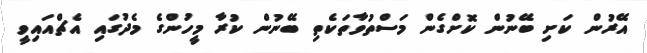
އޭރުން ކަށި ބޭނުން ކޮށްގެން މަސްތުވާތަކެތި ބޭނުން ކުރާ މީހުންގެ މެދުގައި އެޗްއައިވީ